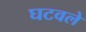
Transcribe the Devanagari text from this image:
घटवले